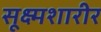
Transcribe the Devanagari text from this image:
सूक्ष्मशारीर